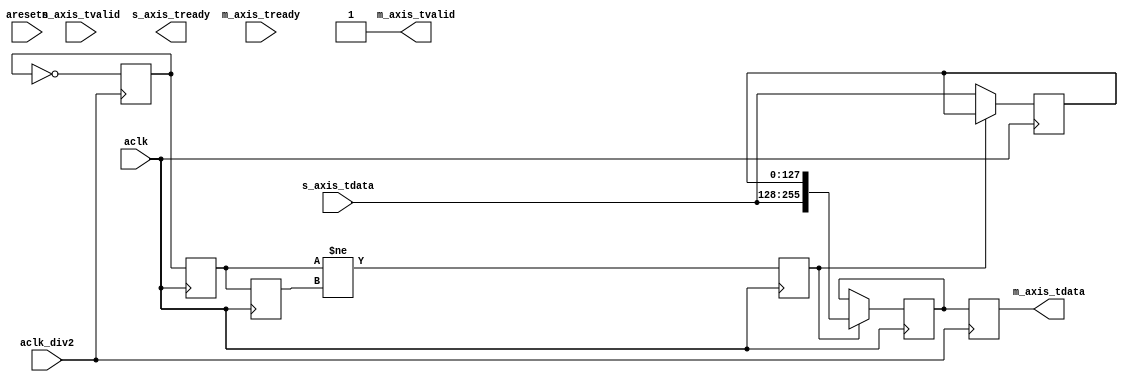
`timescale 1ns / 1ps
// Same as adc_cap_x2, just going the other way.
// DACs natively work at 1/16th so we need this to connect in/out
module dac_xfer_x2 #(parameter DWIDTH_IN=128,
                     parameter DWIDTH_OUT=256)(
        input aclk,
        input aresetn,
        // tvalid/tready here are just lies        
        input [DWIDTH_IN-1:0] s_axis_tdata,
        input                 s_axis_tvalid,
        output                s_axis_tready,
        
        input aclk_div2,        
        output [DWIDTH_OUT-1:0] m_axis_tdata,
        output                  m_axis_tvalid,
        input                   m_axis_tready        
    );
    
    reg slow_clk_phase = 0;
    reg fast_clk_phase = 0;
    reg fast_clk_phase_rereg = 0;
    reg capture_upper = 0;
    
    reg [127:0] din_store = {128{1'b0}};
    reg [255:0] dout = {256{1'b0}};
    reg [255:0] dout_rereg = {256{1'b0}};
    
    always @(posedge aclk) begin
        fast_clk_phase_rereg <= fast_clk_phase;
        fast_clk_phase <= slow_clk_phase;
        capture_upper <= fast_clk_phase != fast_clk_phase_rereg;
        
        if (!capture_upper) din_store <= s_axis_tdata;
        if (capture_upper) dout <= { s_axis_tdata, din_store };
    end
    always @(posedge aclk_div2) begin
        slow_clk_phase <= ~slow_clk_phase;
        dout_rereg <= dout;
    end
        
    assign m_axis_tvalid = 1'b1;
    assign m_axis_tdata = dout_rereg;
    
endmodule